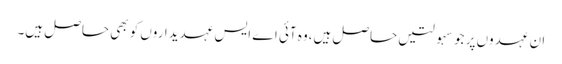
ان عہدوں پر جو سہولتیں حاصل ہیں،وہ آئی اے ایس عہدیداروں کو بھی حاصل ہیں۔